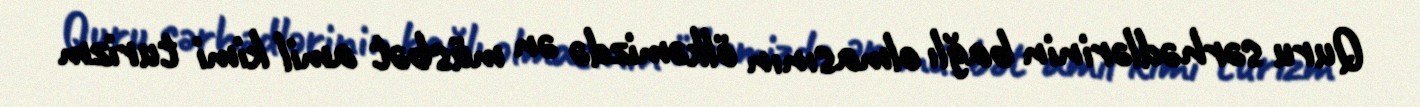
Quru sərhədlərinin bağlı olmasının ölkəmizdə ən müsbət amil kimi turizm